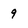
Character: g